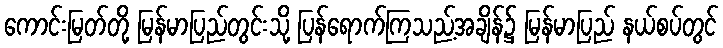
ကောင်းမြတ်တို့ မြန်မာပြည်တွင်းသို့ ပြန်ရောက်ကြသည့်အချိန်၌ မြန်မာပြည် နယ်စပ်တွင်